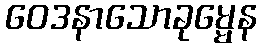
ဝေဒနာသောခုမ္မေန